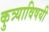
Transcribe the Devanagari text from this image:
कुत्र्याविषयी